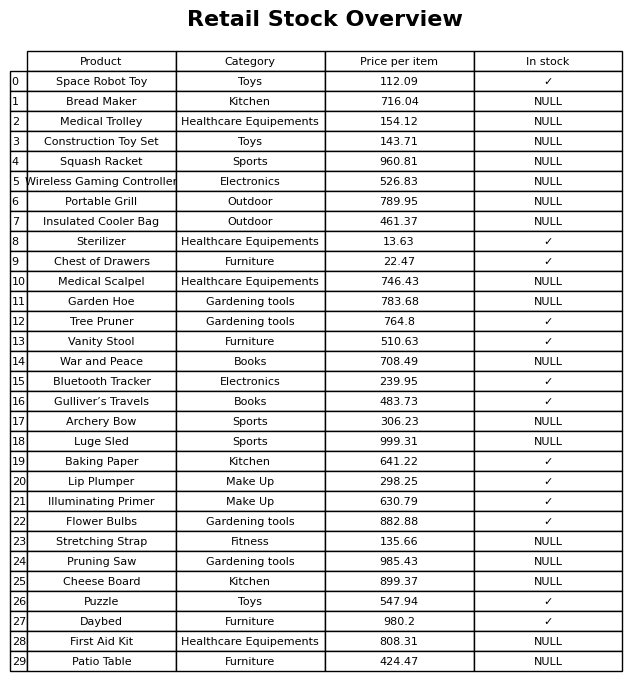
question: What is the price of the War and Peace?
answer: The price of War and Peace is 708.49.